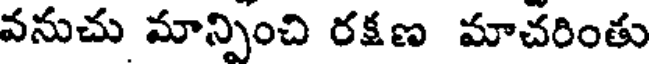
వనుచు మాన్పించి రక్షణ మాచరింతు